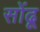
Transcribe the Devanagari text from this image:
सोंढू